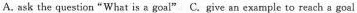
A.ask the question "What is a goal" C.Give an example to reach a goal